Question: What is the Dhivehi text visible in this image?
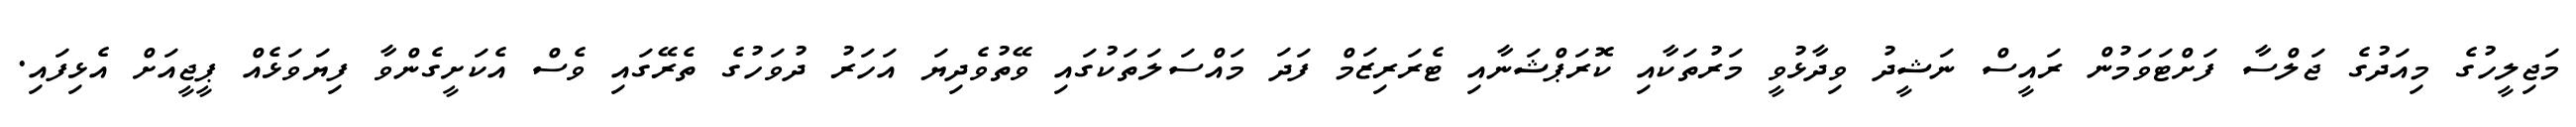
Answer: މަޖިލީހުގެ މިއަދުގެ ޖަލްސާ ފަށްޓަވަމުން ރައީސް ނަޝީދު ވިދާޅުވީ މަރުތަކާއި ކޮރަޕްޝަނާއި ޓެރަރިޒަމް ފަދަ މައްސަލަތަކުގައި ވޭތުވެދިޔަ އަހަރު ދުވަހުގެ ތެރޭގައި ވެސް އެކަށީގެންވާ ފިޔަވަޅެއް ޕީޖީއަށް އެޅިފައި.